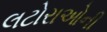
લટોરાઓની